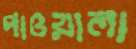
পাওয়ালা